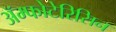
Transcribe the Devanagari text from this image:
ॲम्फोटेरिसिन